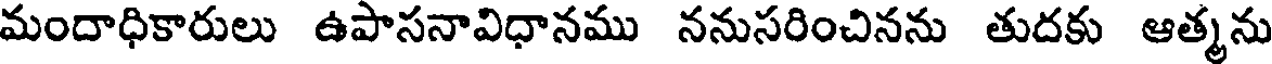
మందాధికారులు ఉపాసనావిధానము ననుసరించినను తుదకు ఆత్మను